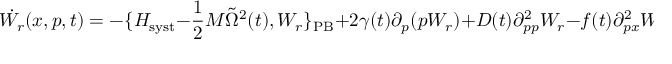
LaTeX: \dot { W _ { r } } ( x , p , t ) = - \{ H _ { \mathrm { s y s t } } - { \frac { 1 } { 2 } } M { \tilde { \Omega } } ^ { 2 } ( t ) , W _ { r } \} _ { \mathrm { P B } } + 2 \gamma ( t ) \partial _ { p } ( p W _ { r } ) + D ( t ) \partial _ { p p } ^ { 2 } W _ { r } - f ( t ) \partial _ { p x } ^ { 2 } W _ { r } ,